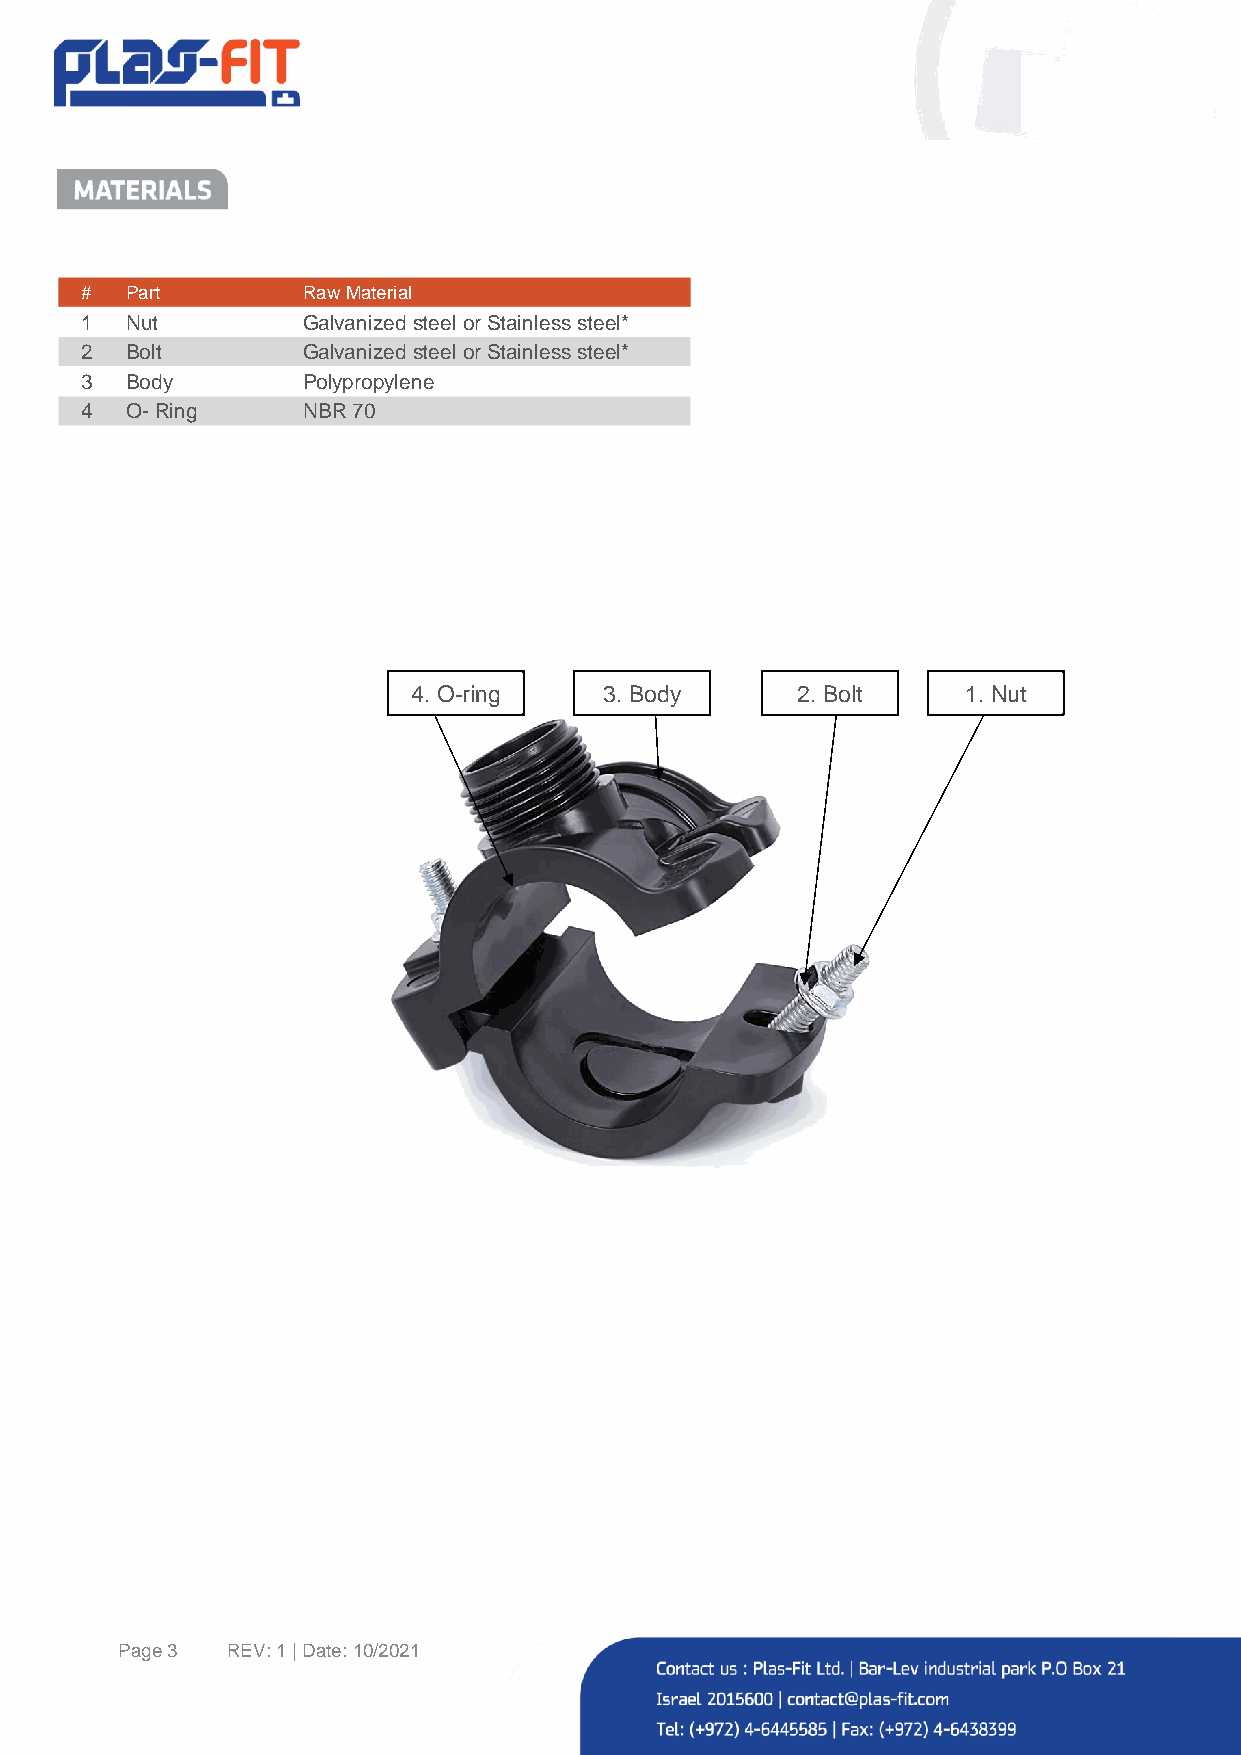
#  Part        Raw Material
 1  Nut         Galvanized steel or Stainless steel*
 2  Bolt        Galvanized steel or Stainless steel*
 3  Body        Polypropylene
 4  O- Ring     NBR 70
 4. O-ring    3. Body      2. Bolt    1. Nut
 Page 3 REV: 1 | Date: 10/2021